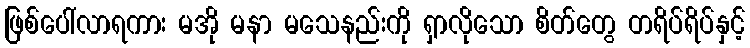
ဖြစ်ပေါ်လာရကား မအို မနာ မသေနည်းကို ရှာလိုသော စိတ်တွေ တရိပ်ရိပ်နှင့်